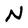
Character: N